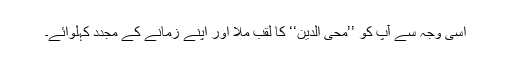
اسی وجہ سے آپ کو ’’محی الدین‘‘ کا لقب ملا اور اپنے زمانے کے مجدد کہلوائے۔